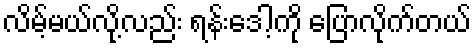
လိမ့်မယ်လို့လည်း ရန်းဒေါ့ကို ပြောလိုက်တယ်